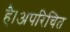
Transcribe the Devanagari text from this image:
है।अपरिचित